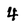
Character: 4